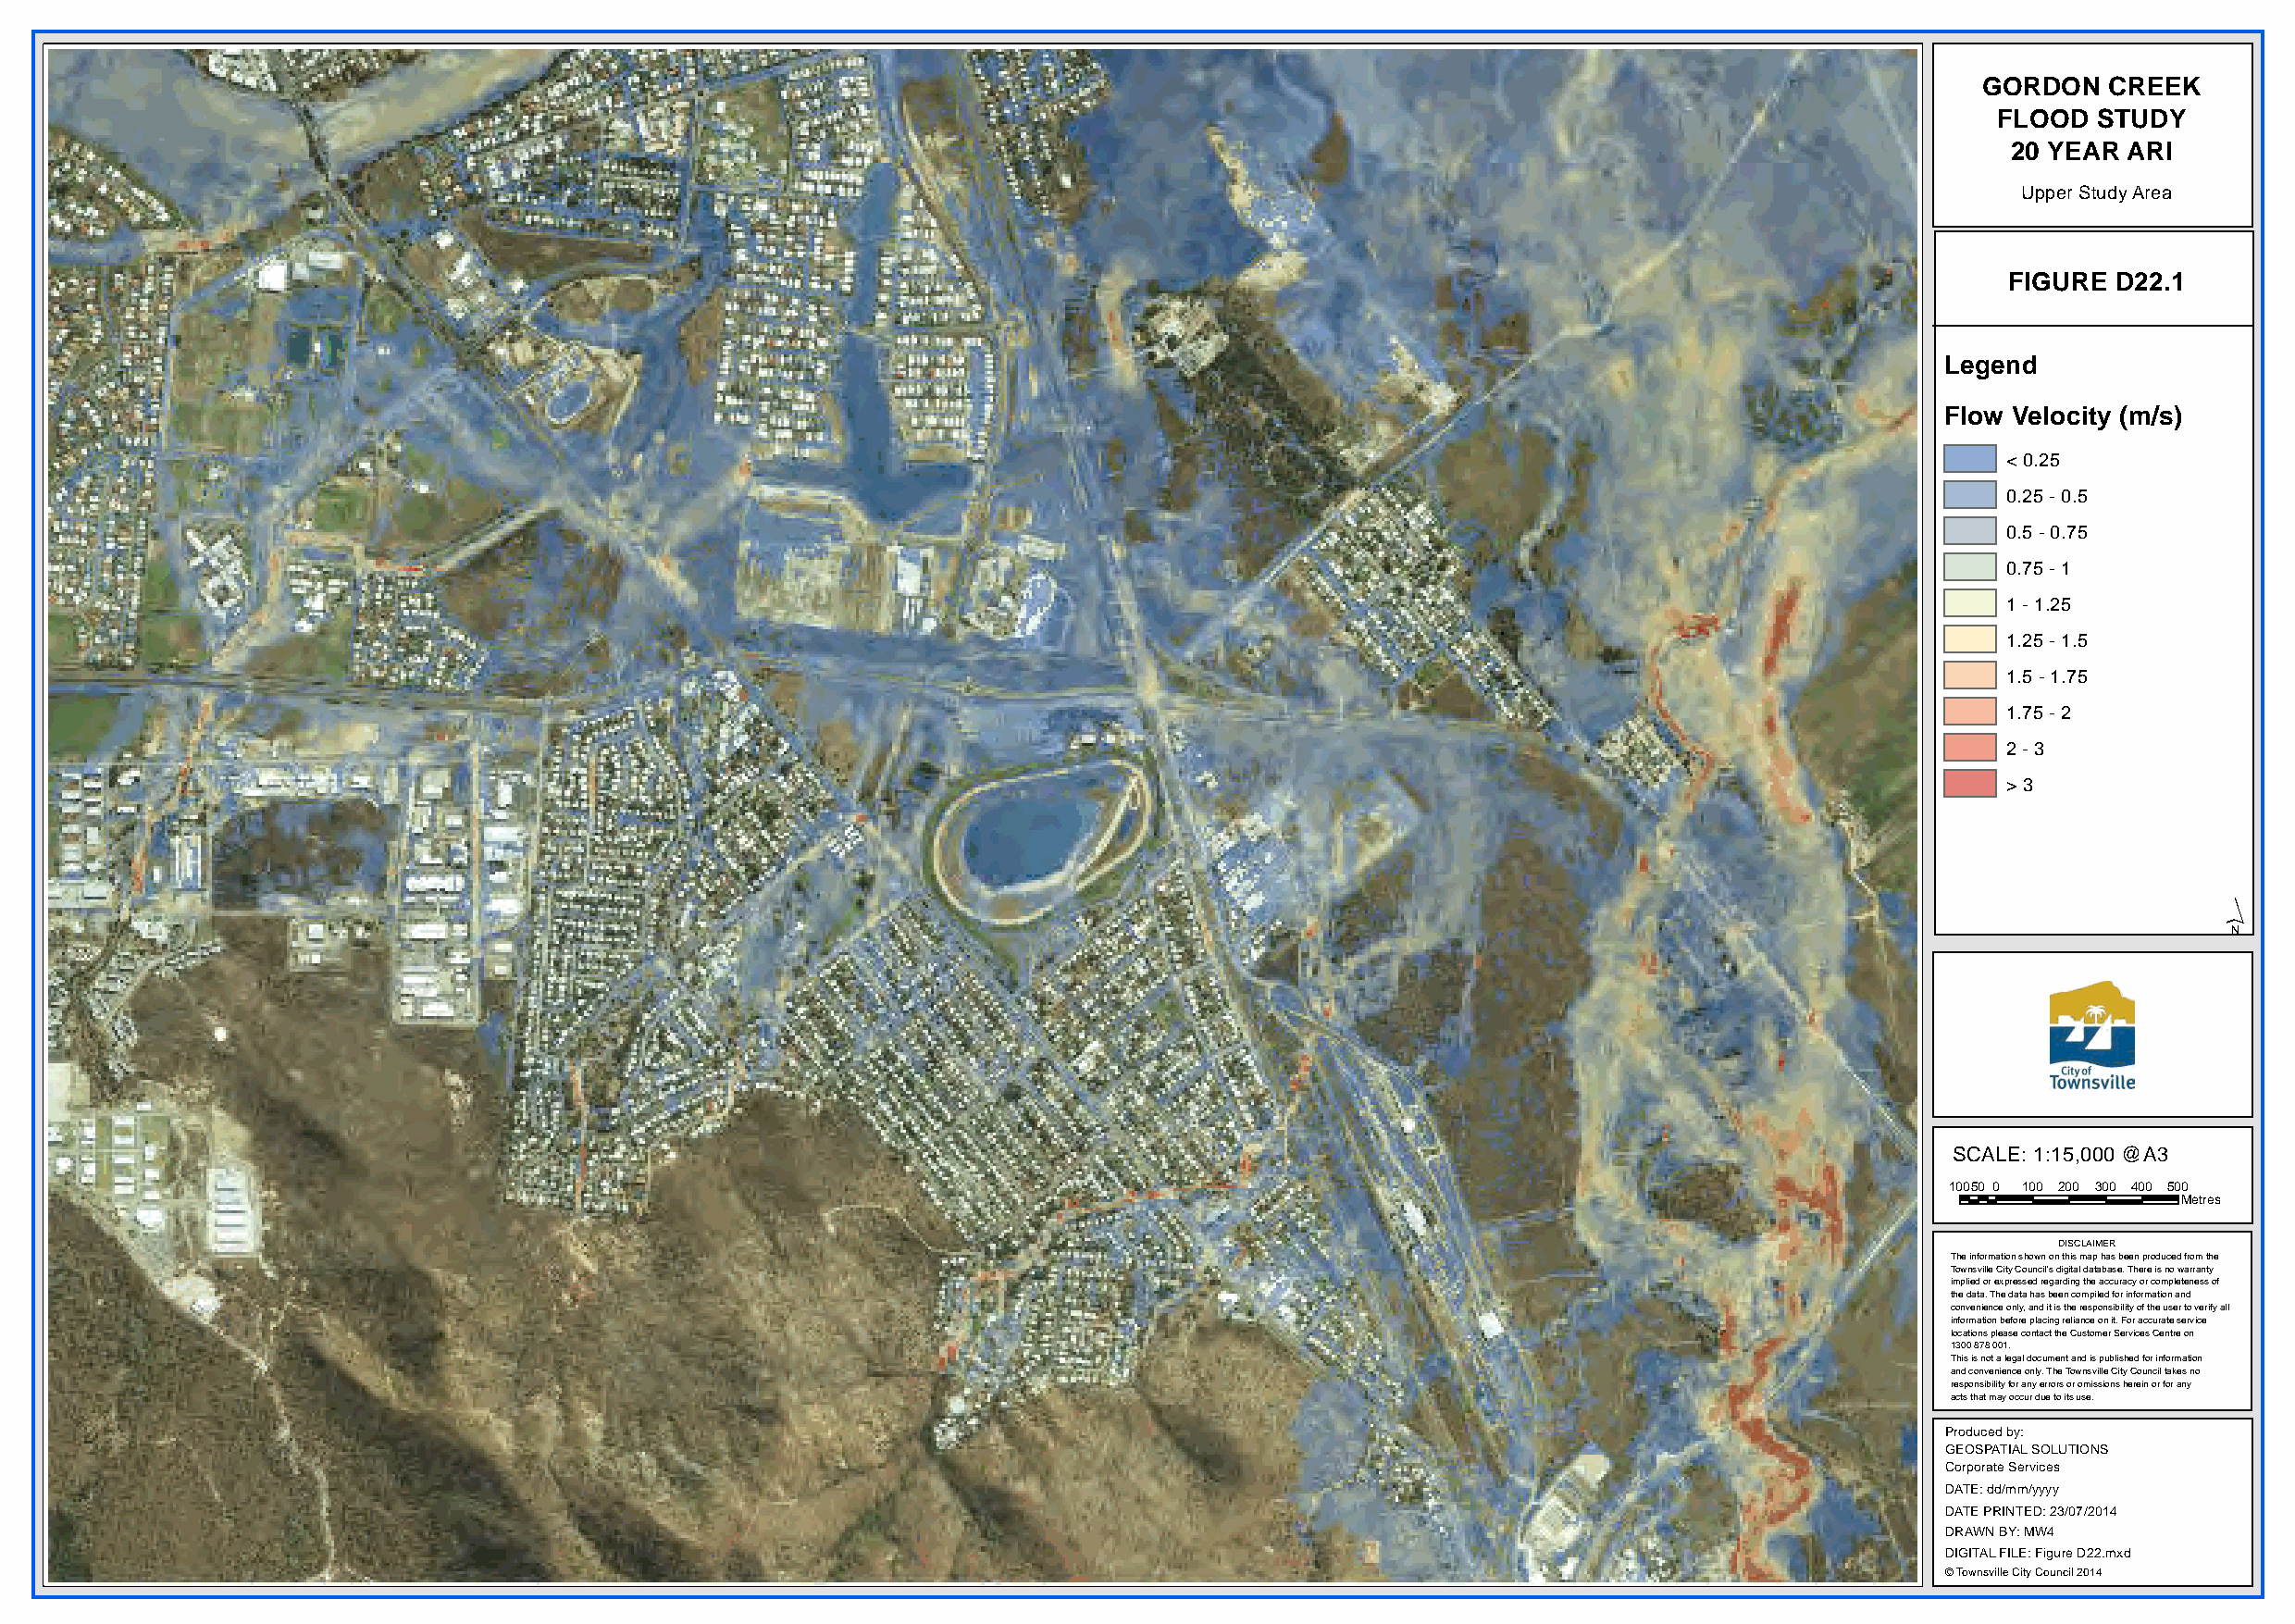
GORDON   CREEK
 FLOOD  STUDY
 20 YEAR ARI
 Upper Study Area
 FIGURE D22.1
 Legend
 Flow Velocity (m/s)
 < 0.25
 0.25 - 0.5
 0.5 - 0.75
 0.75 - 1
 1 - 1.25
 1.25 - 1.5
 1.5 - 1.75
 1.75 - 2
 2 - 3
 > 3
 ´
 SCALE: 1:15,000 @A3
 10050 0 100 200 300 400 500
 Metres
 DISCLAIMER
 The information shown on this map has been produced from the
 Townsville City Council's digital database. There is no warranty
 implied or expressed regarding the accuracy or completeness of
 the data. The data has been compiled for information and
 convenience only, and it is the responsibility of the user to verify all
 information before placing reliance on it. For accurate service
 locations please contact the Customer Services Centre on
 1300 878 001.
 This is not a legal document and is published for information
 and convenience only. The Townsville City Council takes no
 responsibility for any errors or omissions herein or for any
 acts that may occur due to its use.
 Produced by:
 GEOSPATIAL SOLUTIONS
 Corporate Services
 DATE: dd/mm/yyyy
 DATE PRINTED: 23/07/2014
 DRAWN BY: MW4
 DIGITAL FILE: Figure D22.mxd
 © Townsville City Council 2014